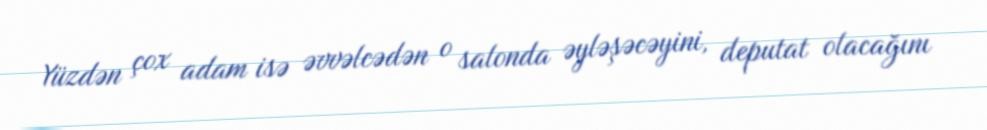
Yüzdən çox adam isə əvvəlcədən o salonda əyləşəcəyini, deputat olacağını